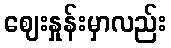
ဈေးနှုန်းမှာလည်း